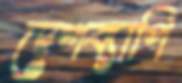
দেশব্যাপি